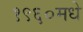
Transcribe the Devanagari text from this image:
१९६०मधे